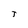
Character: J